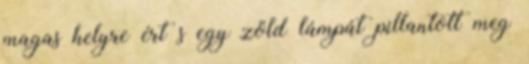
magas helyre ért s egy zöld lámpát pillantott meg